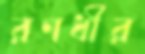
রণধীর